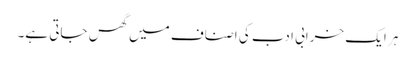
ہر ایک خرابی ادب کی اصناف میں گھس جاتی ہے۔